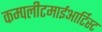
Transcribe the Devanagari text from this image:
कम्पलीटमाईआर्टिस्ट